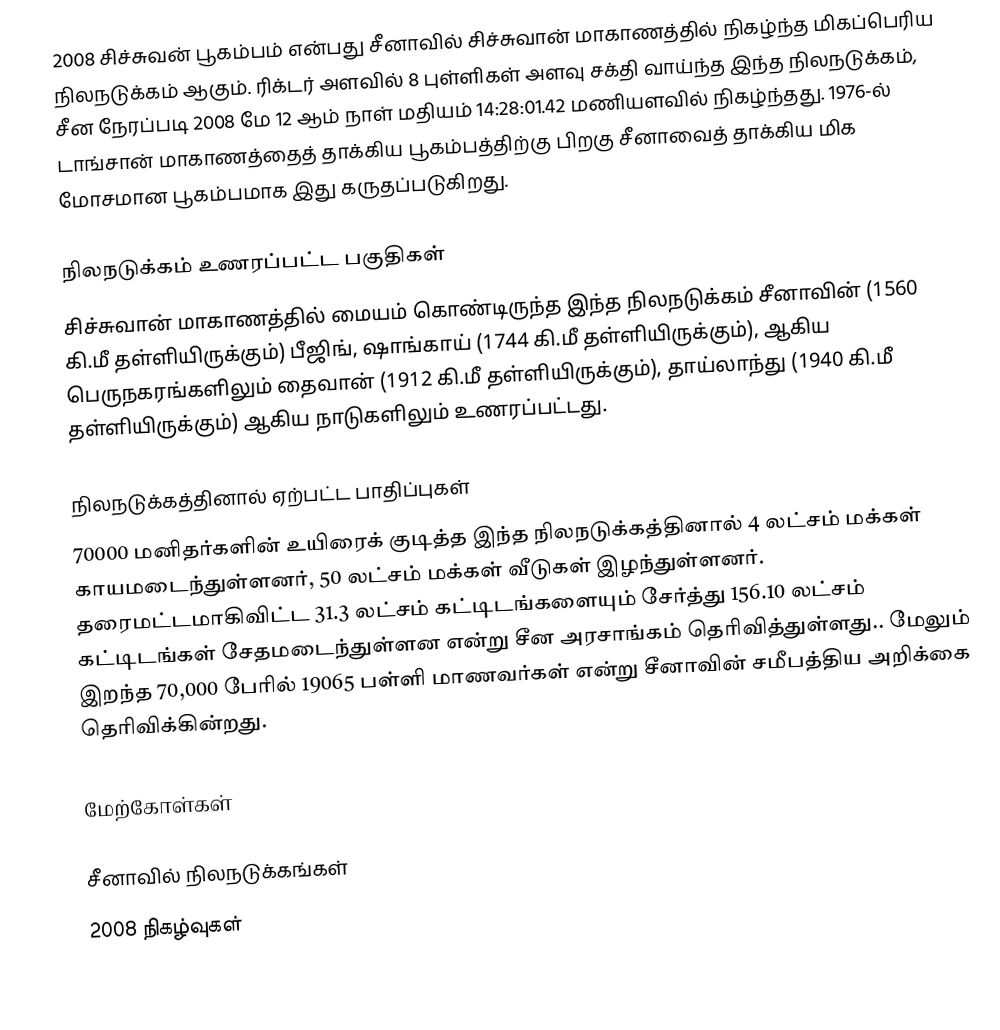
2008 சிச்சுவன் பூகம்பம் என்பது சீனாவில் சிச்சுவான் மாகாணத்தில் நிகழ்ந்த மிகப்பெரிய நிலநடுக்கம் ஆகும். ரிக்டர் அளவில் 8 புள்ளிகள் அளவு சக்தி வாய்ந்த இந்த நிலநடுக்கம், சீன நேரப்படி 2008 மே 12 ஆம் நாள் மதியம் 14:28:01.42 மணியளவில் நிகழ்ந்தது. 1976-ல் டாங்சான் மாகாணத்தைத் தாக்கிய பூகம்பத்திற்கு பிறகு சீனாவைத் தாக்கிய மிக மோசமான பூகம்பமாக இது கருதப்படுகிறது.

நிலநடுக்கம் உணரப்பட்ட பகுதிகள்
சிச்சுவான் மாகாணத்தில் மையம் கொண்டிருந்த இந்த நிலநடுக்கம் சீனாவின் (1560 கி.மீ தள்ளியிருக்கும்) பீஜிங், ஷாங்காய் (1744 கி.மீ தள்ளியிருக்கும்), ஆகிய பெருநகரங்களிலும் தைவான் (1912 கி.மீ தள்ளியிருக்கும்), தாய்லாந்து (1940 கி.மீ தள்ளியிருக்கும்) ஆகிய நாடுகளிலும் உணரப்பட்டது.

நிலநடுக்கத்தினால் ஏற்பட்ட பாதிப்புகள்
70000 மனிதர்களின் உயிரைக் குடித்த இந்த நிலநடுக்கத்தினால் 4 லட்சம் மக்கள் காயமடைந்துள்ளனர், 50 லட்சம் மக்கள் வீடுகள் இழந்துள்ளனர். தரைமட்டமாகிவிட்ட 31.3 லட்சம் கட்டிடங்களையும் சேர்த்து 156.10 லட்சம் கட்டிடங்கள் சேதமடைந்துள்ளன என்று சீன அரசாங்கம் தெரிவித்துள்ளது.. மேலும் இறந்த 70,000 பேரில் 19065 பள்ளி மாணவர்கள் என்று சீனாவின் சமீபத்திய அறிக்கை தெரிவிக்கின்றது.

மேற்கோள்கள்

சீனாவில் நிலநடுக்கங்கள்
2008 நிகழ்வுகள்